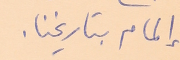
إلمام بتاريخنا.